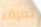
تعرف